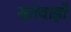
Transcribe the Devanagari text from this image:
सतवाड़ी